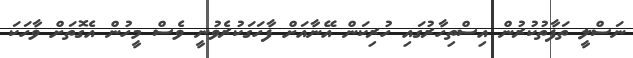
ނަސްލީ ތަފާތުކުރުން އިސްތިހާރުގައި ހުރިކަން އޭނާއަށް ފާހަގަކުރެވުނީ ވެސް މީހުން އެގޮތަށް ވާހަކަ